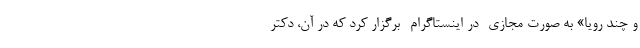
و چند رویا» به صورت مجازی -در اینستاگرام- برگزار کرد که در آن، دکتر